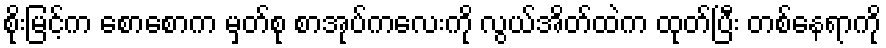
စိုးမြင့်က စောစောက မှတ်စု စာအုပ်ကလေးကို လွယ်အိတ်ထဲက ထုတ်ပြီး တစ်နေရာကို